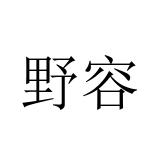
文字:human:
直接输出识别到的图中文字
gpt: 野容